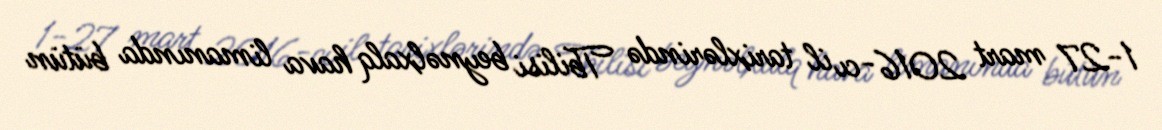
1-27 mart 2016-cı il tarixlərində Tbilisi beynəlxalq hava limanında bütün